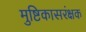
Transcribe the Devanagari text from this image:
मुष्टिकासरंक्षक